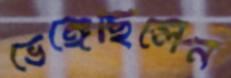
ভেঙ্গেছিলেন